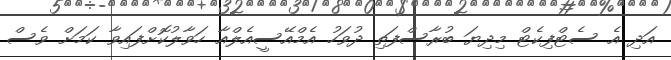
އަދި އެ ސެޓްފިކެޓް މިދިޔަ ބުރާސްފަތި ދުވަހު އެމްއޭސީއެލްއާ ހަވާލުކޮށްފައިވާ ކަމަށް ވެސް